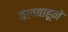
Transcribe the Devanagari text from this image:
बलबाहूने